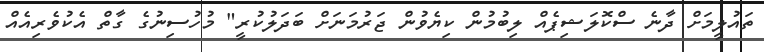
ތައުލީމަށް ދާނެ ސްކޮލަޝިޕެއް ލިބުމުން ކިޔެވުން ޖަރުމަނަށް ބަދަލުކުރީ" މުހުސިނުގެ ގާތް އެކުވެރިއެއް